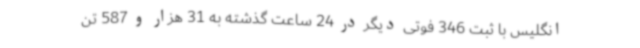
انگلیس با ثبت 346 فوتی دیگر در 24 ساعت گذشته به 31 هزار و 587 تن